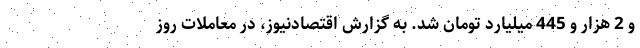
و 2 هزار و 445 میلیارد تومان شد. به گزارش اقتصادنیوز، در معاملات روز